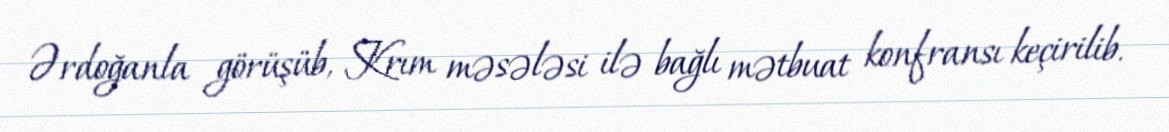
Ərdoğanla görüşüb, Krım məsələsi ilə bağlı mətbuat konfransı keçirilib.